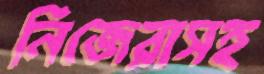
নিজেরাসহ